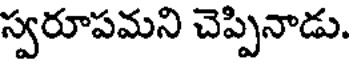
స్వరూపమని చెప్పినాడు.